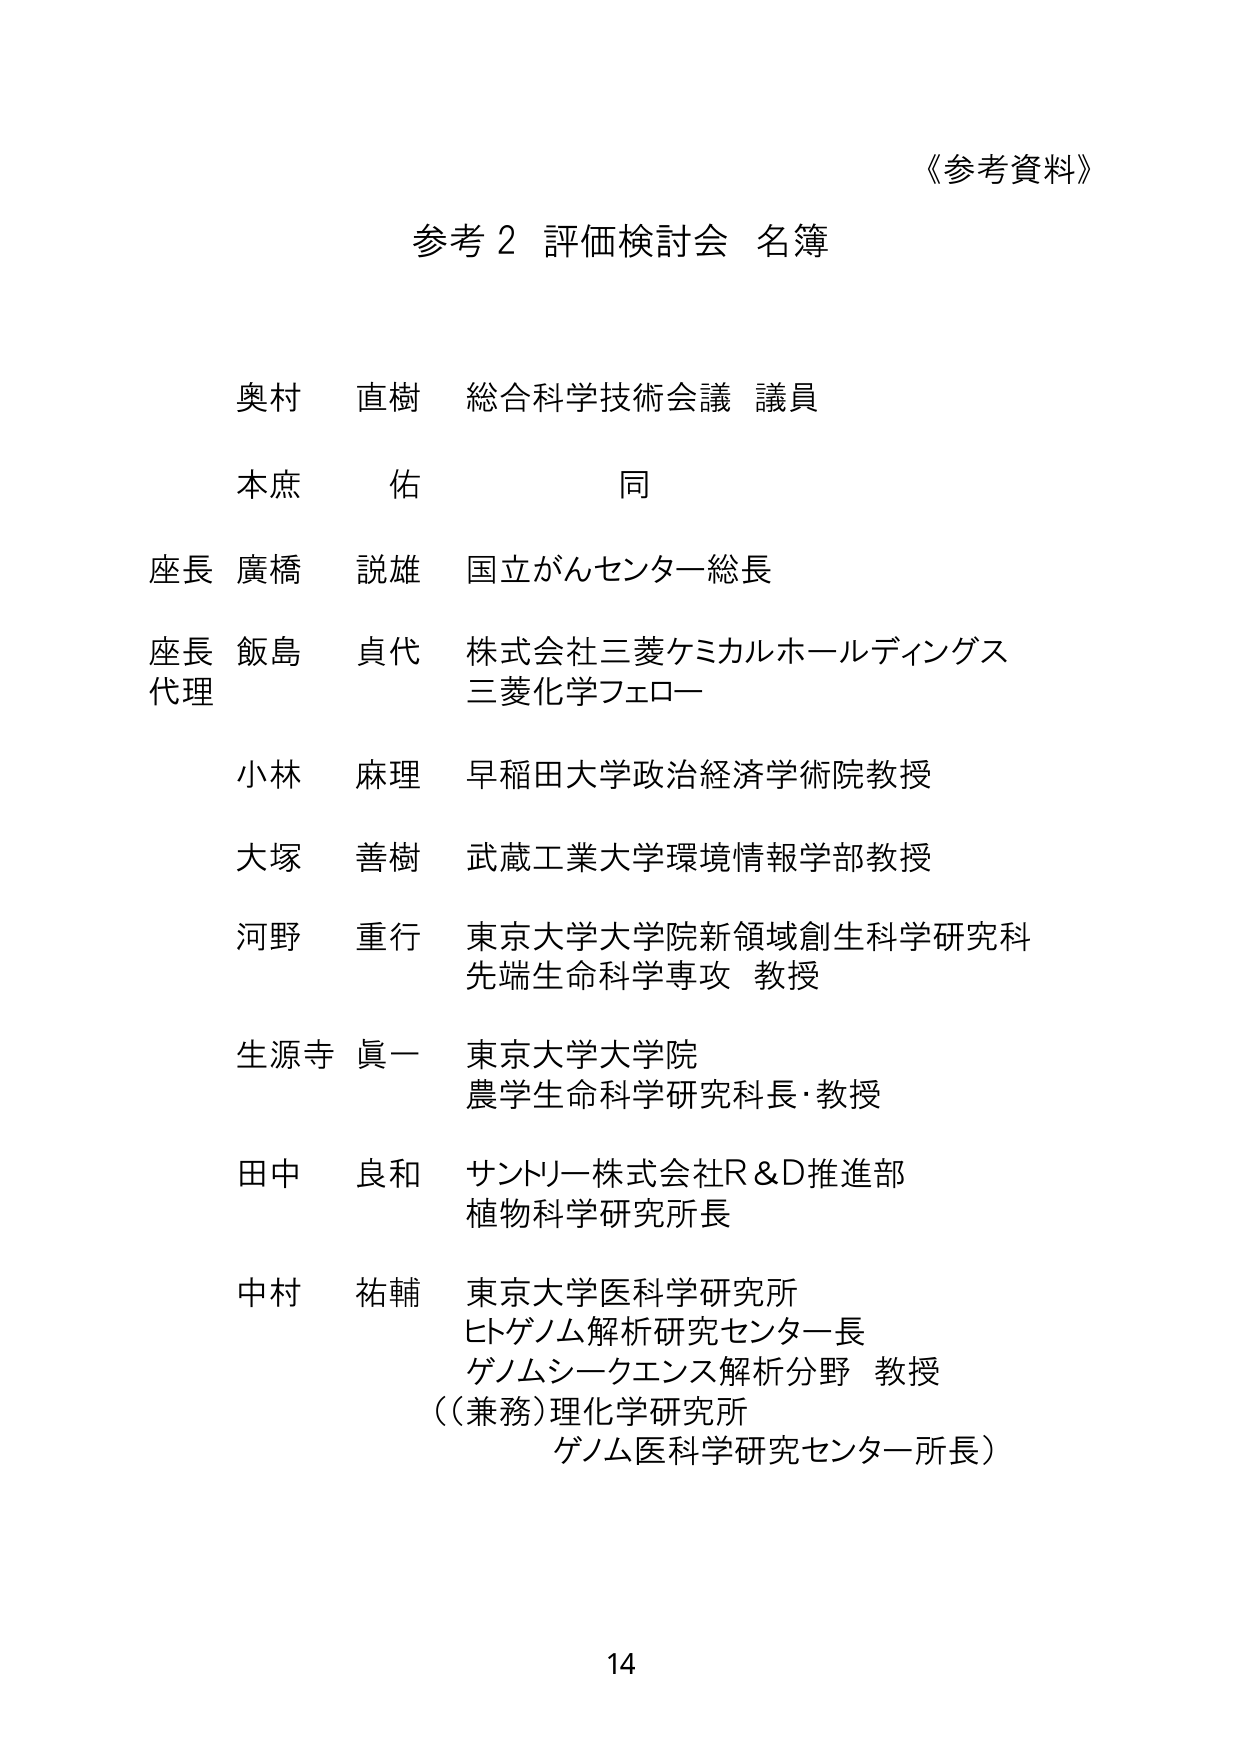
《参考資料》
参考２ 評価検討会 名簿

奥村 直樹 総合科学技術会議 議員
本庶 佑 同
座長 廣橋 説雄 国立がんセンター総長
座長 飯島 貞代 株式会社三菱ケミカルホールディングス
代理 三菱化学フェロー
小林 麻理 早稲田大学政治経済学術院教授
大塚 善樹 武蔵工業大学環境情報学部教授
河野 重行 東京大学大学院新領域創生科学研究科
先端生命科学専攻 教授
生源寺 眞一 東京大学大学院
農学生命科学研究科長・教授
田中 良和 サントリー株式会社R&D推進部
植物科学研究所長
中村 祐輔 東京大学医科学研究所
ヒトゲノム解析研究センター長
ゲノムシークエンス解析分野 教授
（（兼務）理化学研究所
ゲノム医科学研究センター所長）

14